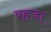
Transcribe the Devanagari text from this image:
बहजा